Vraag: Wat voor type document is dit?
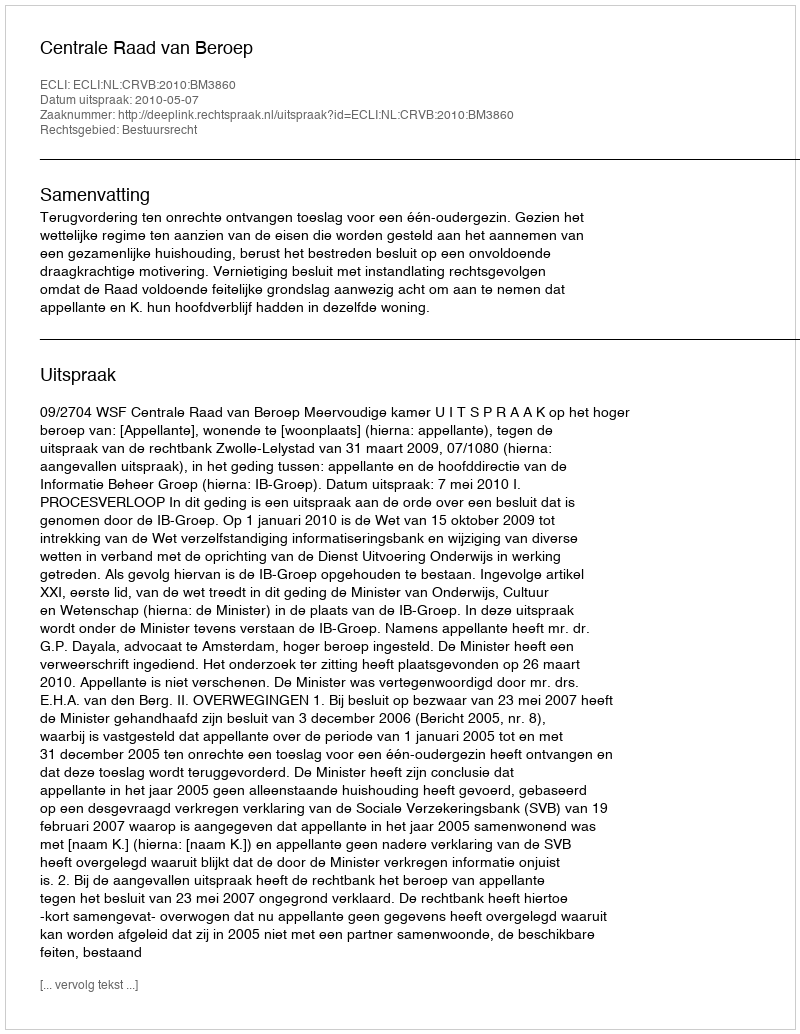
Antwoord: Uitspraak